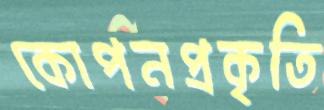
কোপনপ্রকৃতি